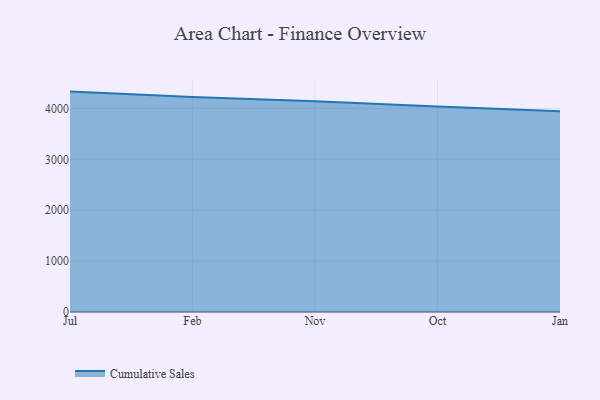
{"axis": {"x": "Month", "y": "Inventory Turnover"}, "legend": ["Cumulative Sales"], "data": [{"x": "Jul", "y": 4330.6, "type": "Cumulative Sales"}, {"x": "Feb", "y": 4222.2, "type": "Cumulative Sales"}, {"x": "Nov", "y": 4143.2, "type": "Cumulative Sales"}, {"x": "Oct", "y": 4036.9, "type": "Cumulative Sales"}, {"x": "Jan", "y": 3946.5, "type": "Cumulative Sales"}]}